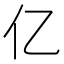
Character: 亿